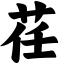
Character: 荏